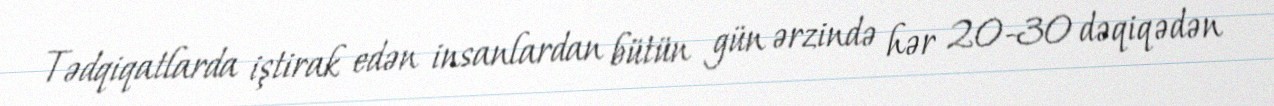
Tədqiqatlarda iştirak edən insanlardan bütün gün ərzində hər 20-30 dəqiqədən